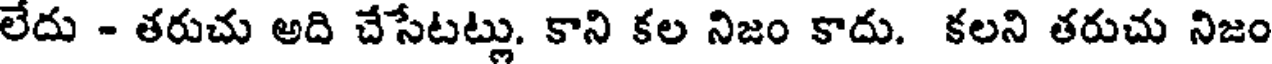
లేదు - తరుచు అది చేసేటట్లు. కాని కల నిజం కాదు. కలని తరుచు నిజం